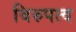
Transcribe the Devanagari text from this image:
विरुपत्व